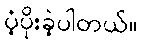
ပံ့ပိုးခဲ့ပါတယ်။